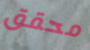
محقق